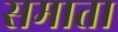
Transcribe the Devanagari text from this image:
समाता